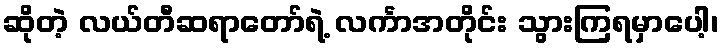
ဆိုတဲ့ လယ်တီဆရာတော်ရဲ့ လင်္ကာအတိုင်း သွားကြရမှာပေါ့၊